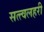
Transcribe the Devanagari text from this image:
सत्त्वलहरी